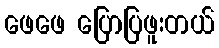
ဖေဖေ ပြောပြဖူးတယ်